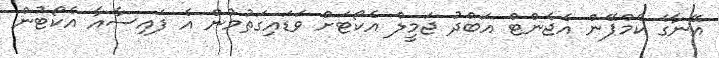
އޭނާގެ ކެމްޕޭން އެޖެންޓް އަބްދު ޖަމީލް އެކޯޓަށް ވަޑައިގަތުމުން އެ ފައިސާއާ އެކޯޓުން